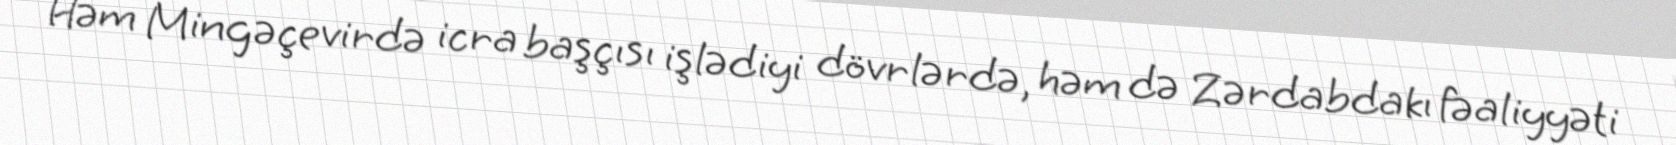
Həm Mingəçevirdə icra başçısı işlədiyi dövrlərdə, həm də Zərdabdakı fəaliyyəti